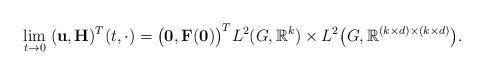
LaTeX: \begin{align*}\lim_{t \to 0} \; (\mathbf{u}, \mathbf{H})^{T}(t, \cdot) =\big(\mathbf{0}, \mathbf{F}(\mathbf{0})\big)^{T} L^{2}(G, \mathbb{R}^{k}) \times L^{2}\big(G, \mathbb{R}^{(k \times d) \times (k \times d)}\big). \end{align*}